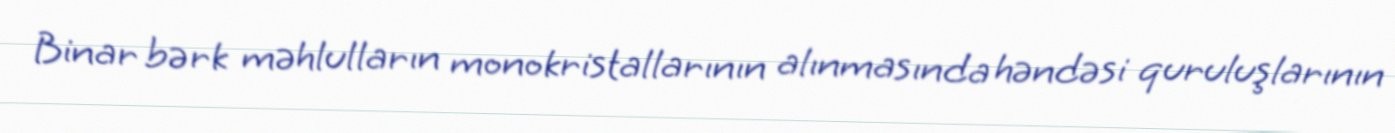
Binar bərk məhlulların monokristallarının alınmasında həndəsi quruluşlarının